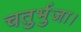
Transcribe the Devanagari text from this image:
चतुर्भुजा।